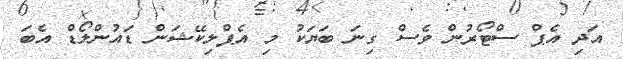
އަދި އެޕް ސްޓޯރުން ވެސް ގިނަ ބަޔަކު މި އެޕްލިކޭޝަން ޑައުންލޯޑް އެބަ